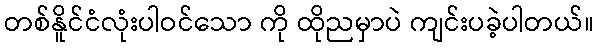
တစ်နိူင်ငံလုံးပါဝင်သော ကို ထိုညမှာပဲ ကျင်းပခဲ့ပါတယ်။